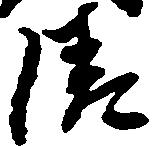
清